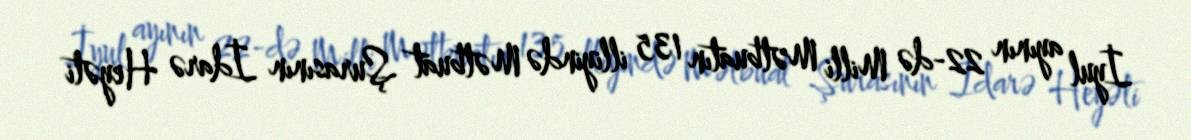
İyul ayının 22-də Milli Mətbuatın 135 illiyində Mətbuat Şurasının İdarə Heyəti